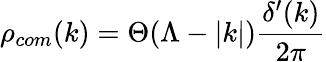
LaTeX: \rho_{com}(k)=\Theta(\Lambda-|k|)\frac{\delta^{\prime}(k)}{2\pi}